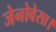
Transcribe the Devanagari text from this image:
जेनोवेसा।